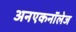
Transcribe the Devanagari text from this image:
अनएकनॉलेज